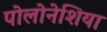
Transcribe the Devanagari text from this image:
पोलोनेशिया